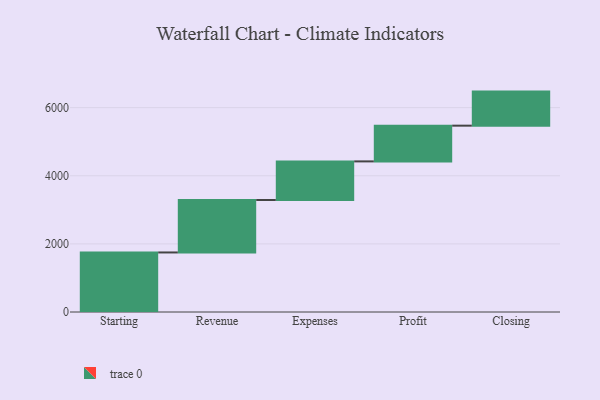
{"axis": {"x": "Step", "y": "Value"}, "legend": [""], "data": [{"x": "Starting", "y": 1748.0, "type": ""}, {"x": "Revenue", "y": 1541.0, "type": ""}, {"x": "Expenses", "y": 1133.0, "type": ""}, {"x": "Profit", "y": 1049.0, "type": ""}, {"x": "Closing", "y": 1000, "type": ""}]}